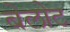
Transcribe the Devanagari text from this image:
बेलोट